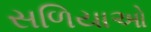
સળિયાઓ